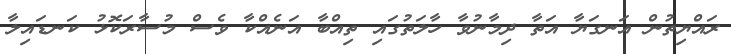
ރައްޔިތުން އަނގަޔާ އަތާ ދިމާނުވާ ހާލަތުގައި ތިއްބާ އަނެއްކާ ވެސް މުސާރަކޮޅު ކަނޑައިލާ